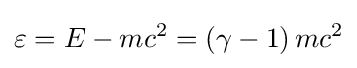
\varepsilon =E-mc^{2}=(\gamma -1)\,mc^{2}